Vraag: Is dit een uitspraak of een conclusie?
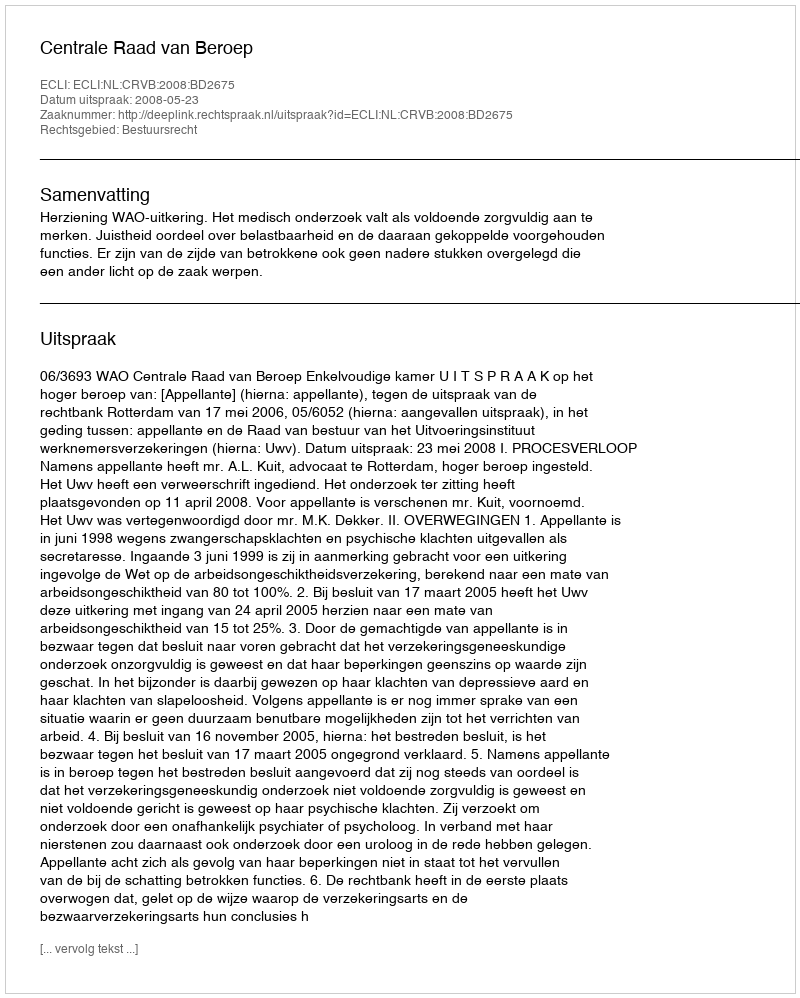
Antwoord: Uitspraak